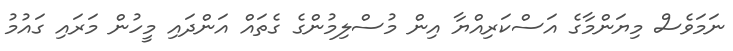
ނަމަވެސް މިޔަންމާގެ އަސްކަރިއްޔާ އިން މުސްލިމުންގެ ގެތައް އަންދައި މީހުން މަރައި ގައުމު